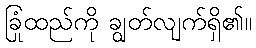
ခြုံထည်ကို ချွတ်လျက်ရှိ၏။